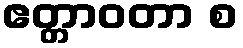
ဧတ္တာဝတာ စ